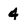
Character: 4